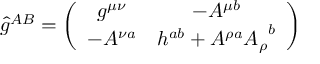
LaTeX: \hat { g } ^ { A B } = \left( \begin{array} { c c } { { g ^ { \mu \nu } } } & { { - A ^ { \mu b } } } \\ { { - A ^ { \nu a } } } & { { h ^ { a b } + A ^ { \rho a } { A _ { \rho } } ^ { b } } } \end{array} \right)